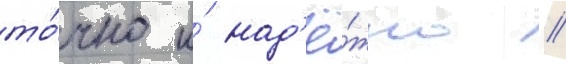
то́чно и́ над'ё́жно //